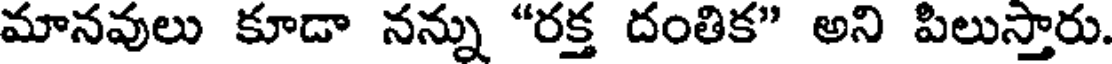
మానవులు కూడా నన్ను "రక్త దంతిక" అని పిలుస్తారు.